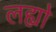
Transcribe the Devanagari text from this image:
लह्यो